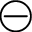
\circleddash